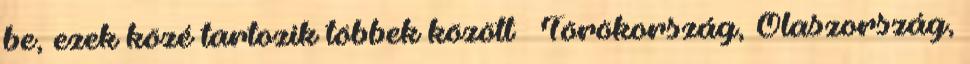
be, ezek közé tartozik többek között – Törökország, Olaszország,